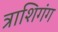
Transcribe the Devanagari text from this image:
त्राशिगंग